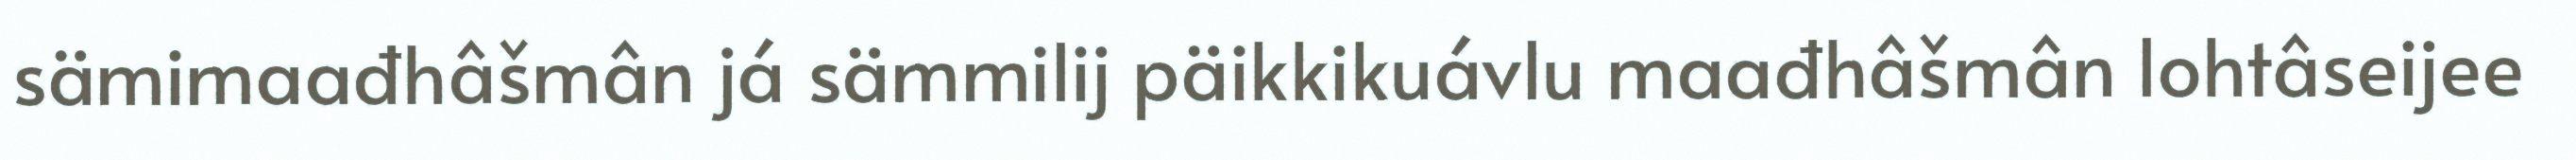
sämimaađhâšmân já sämmilij päikkikuávlu maađhâšmân lohtâseijee